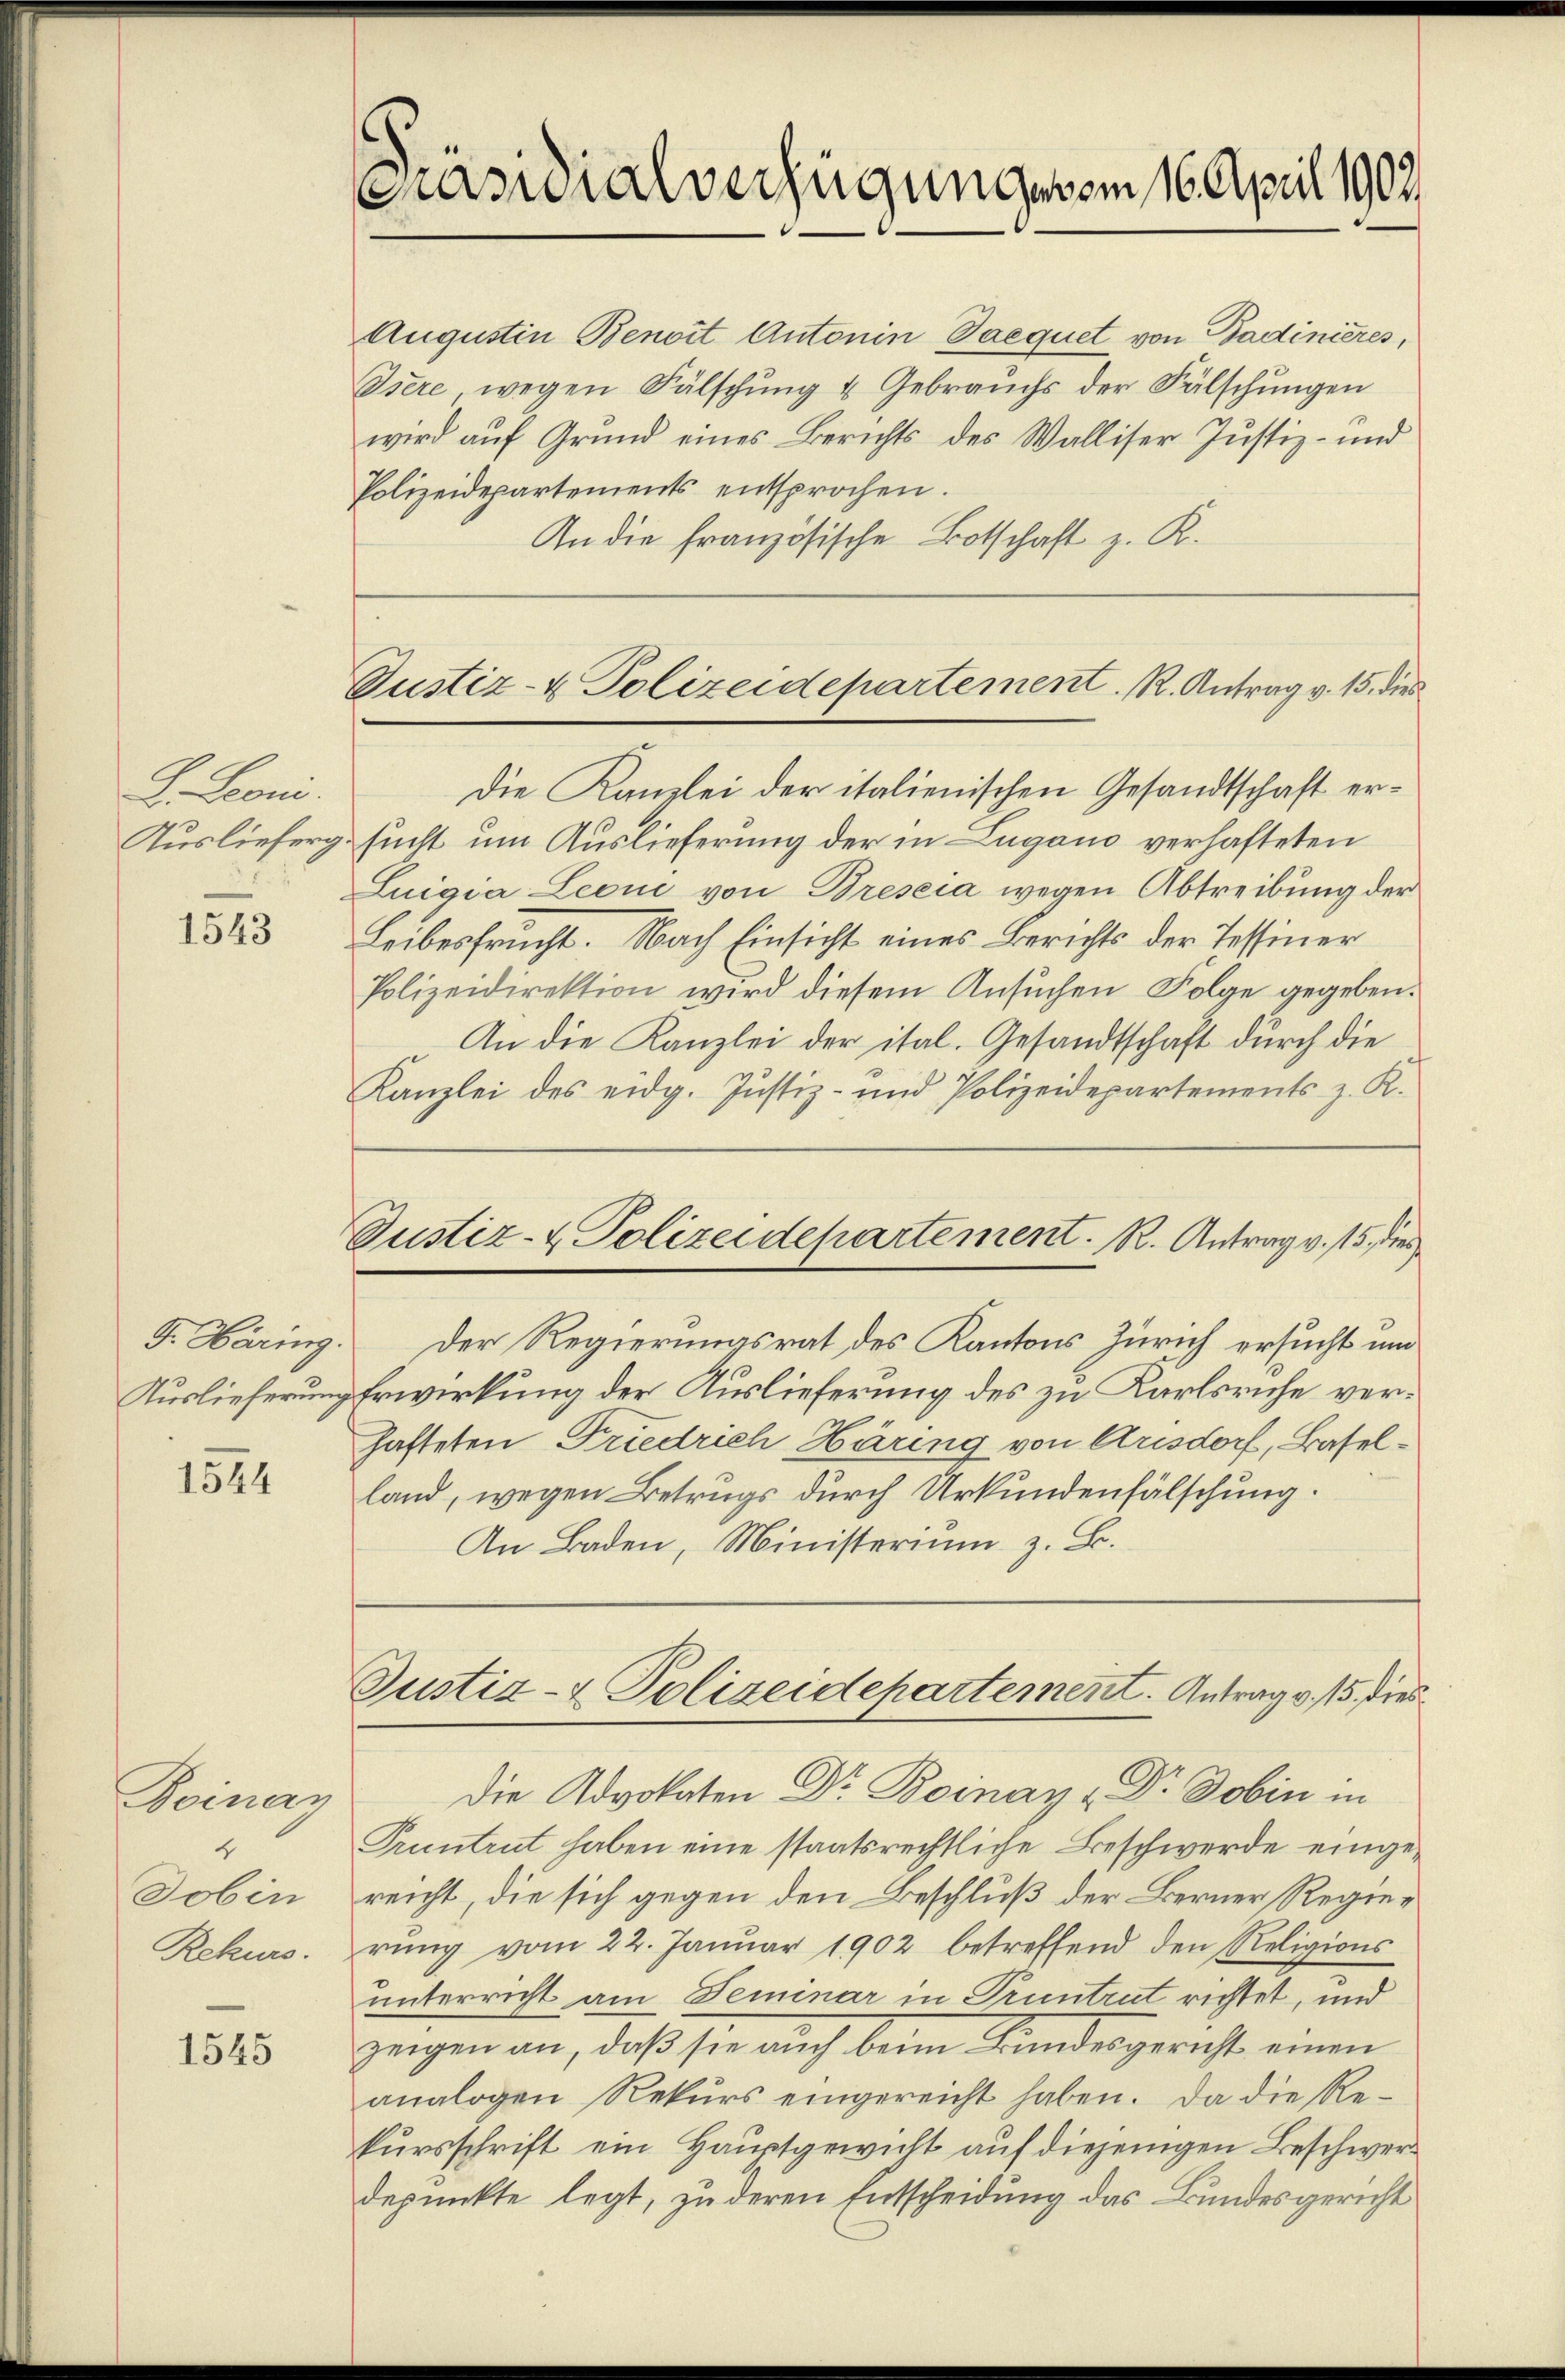
S. Leoni.
Auslieferg

1543

G. Häring
Auslieferung

1544

Boinay
4
Jobin
Rekurs.

1545

s
Masialverfügung vom 16. April 1902

Augustin Benoit Antonin Daequet von Badinieres,
Isere wegen Fälschung & Gebrauchs der Fälschungen
wird auf Grund eines Berichts des Walliser Justiz- und
Polizeidepartements entsprochen.
An die französische Botschaft z. K.

Justiz- & Polizeidepartement. R. Antrag v. 15. dies

Justiz- & Polizeidepartement. R. Antrag v. 15. dies

Die Kanzlei der italienischen Gesandtschaft ersucht um Auslieferung der in Lugano verhafteten
Luigia Leone von Bresia wegen Abtreibung der
Leibesfrucht. Nach Einsicht eines Berichts der Tessiner
Polizeidirektion wird diesem Ansŭchen Folge gegeben.
An die Kanzlei der ital. Gesandtschaft durch die
Kanzlei des eidg. Justiz- und Polizeidepartements z. K.
Der Regierungsrat des Kantons Zürich ersucht un
Erwirkung der Auslieferung des zu Karlsruhe verhafteten Friedrich Häring von Arisdorf, Baselland, wegen Betrugs durch Urkundenfälschung.
An Baden, Ministerium z. B.
Justiz- & Polizeidepartement. Antrag v. 15. Dies
Die Advokaten Dr. Boinay - Dr. Dobin in
Pruntrut haben eine staatsrechtliche Beschwerde eingereicht, die sich gegen den Beschluß der Berner Regierung vom 22. Januar 1902 betreffend den Religions
unterricht am Seminar in Truntrut richtet, und
zeigen an, daß sie auch beim Landesgericht einen
analogen Rekurs eingereicht haben. Da die Rekursschrift ein Hauptgewicht auf diejenigen Beschwerdepunkte legt, zu deren Entscheidung das Bundesgericht